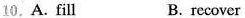
10.A. Fill B. recover